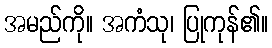
အမည်ကို။ အကံသု၊ ပြုကုန်၏။